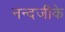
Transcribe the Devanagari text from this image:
नन्दजीके